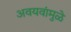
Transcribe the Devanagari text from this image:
अवयवांमुळे